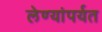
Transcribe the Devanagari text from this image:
लेण्यांपर्यत